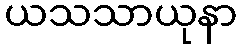
ယသသာယုနာ